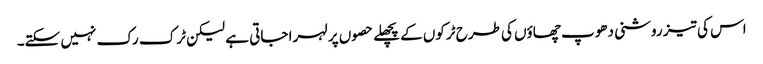
اس کی تیز روشنی دھوپ چھاؤں کی طرح ٹرکوں کے پچھلے حصوں پر لہرا جاتی ہے لیکن ٹرک رک نہیں سکتے۔